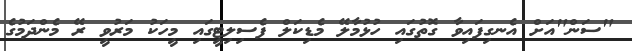
"ސަން"އަށް އެނގިފައިވާ ގޮތުގައި ހުޅުމާލޭ މެޑިކަލް ފެސިލިޓީގައި މީހަކު މަރުވީ ރޭ މެންދަމުގެ